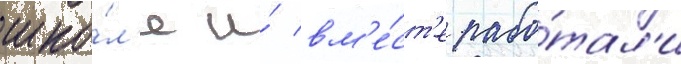
шко́л'е и́ вм'е́ст'е рабо́тал'и